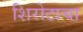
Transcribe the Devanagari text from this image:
शिरोटाचा